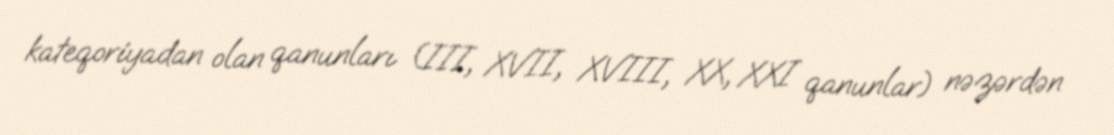
kateqoriyadan olan qanunları (III, XVII, XVIII, XX, XXI qanunlar) nəzərdən